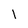
Character: l